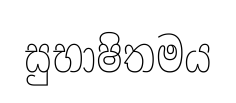
සුභාෂිතමය